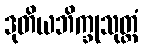
ဒုတိယဘိက္ခုသုတ္တံ